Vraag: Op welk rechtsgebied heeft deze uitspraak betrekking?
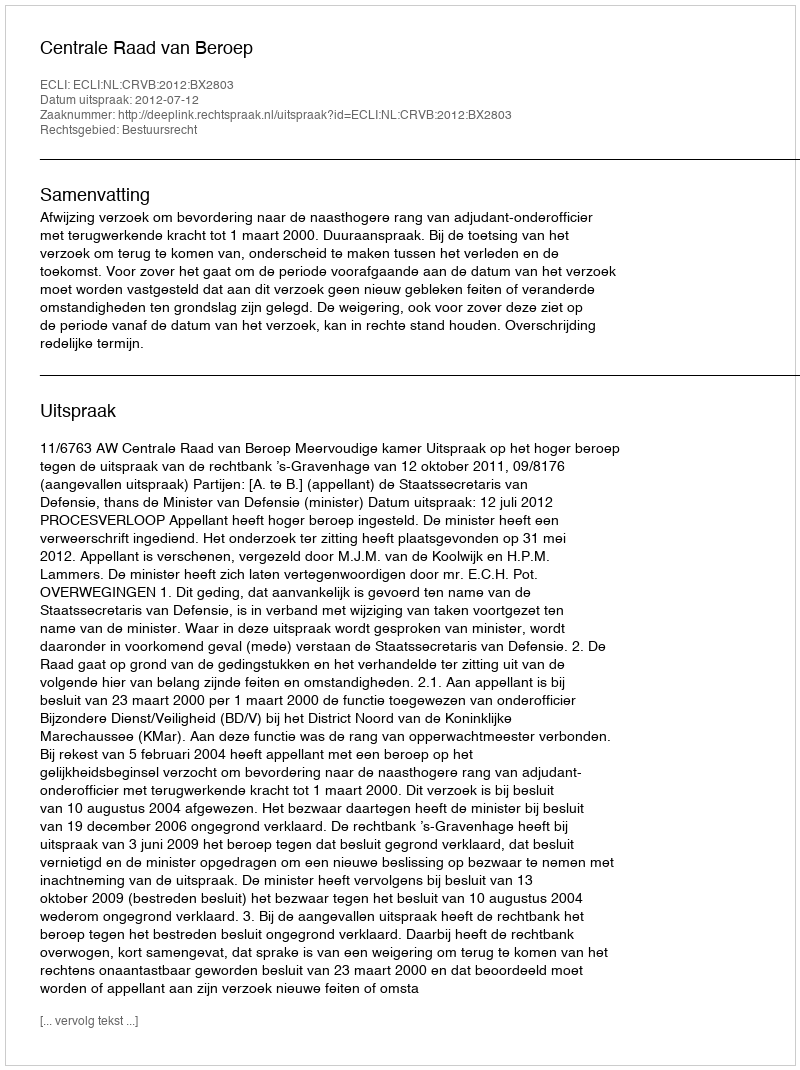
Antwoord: Bestuursrecht